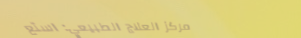
مركز العلاج الطبيعي: استع